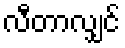
လီတာလျှင်